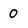
Character: 0